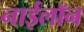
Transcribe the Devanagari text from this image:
नाईलॉन